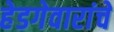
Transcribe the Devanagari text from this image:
हेडगेवारांचे